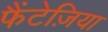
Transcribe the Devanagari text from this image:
फैंटेज़िया